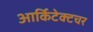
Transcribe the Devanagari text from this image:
आर्किटेक्टचर